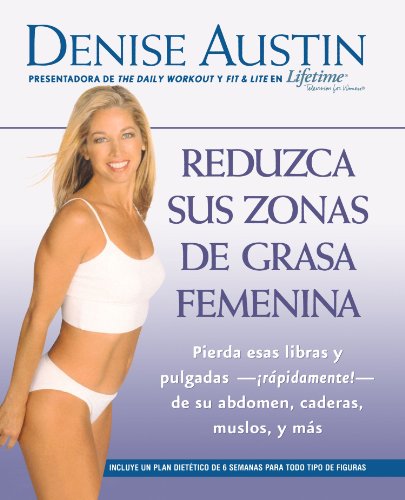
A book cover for Reduzca sus zonas de grasa femenina: Lose Pounds and Inches--Fast!--from Your Belly, Hips, Thighs, and More (Spanish Edition); Denise Austin; Health, Fitness & Dieting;